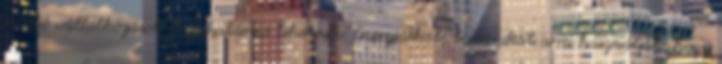
ellátó vállalkozások munkatársai lehetnek. Energiáikat, tudásukat arra használják, hogy